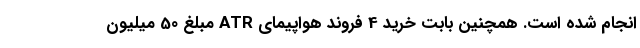
انجام شده است. ‌همچنین بابت خرید 4 فروند هواپیمای ATR مبلغ 50 میلیون